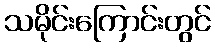
သမိုင်းကြောင်းတွင်